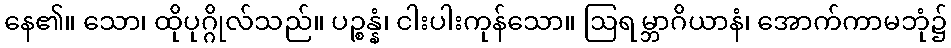
နေ၏။ သော၊ ထိုပုဂ္ဂိုလ်သည်။ ပဉ္စန္နံ၊ ငါးပါးကုန်သော။ ဩရမ္ဘာဂိယာနံ၊ အောက်ကာမဘုံ၌